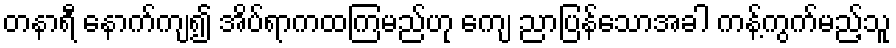
တနာရီ နောက်ကျ၍ အိပ်ရာကထကြမည်ဟု ကျေ ညာပြန်သောအခါ ကန့်ကွက်မည့်သူ